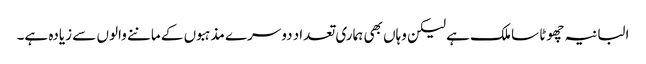
البانیہ چھوٹا سا ملک ہے لیکن وہاں بھی ہماری تعداد دوسرے مذہبوں کے ماننے والوں سے زیادہ ہے۔